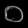
Digit: ၀